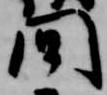
間